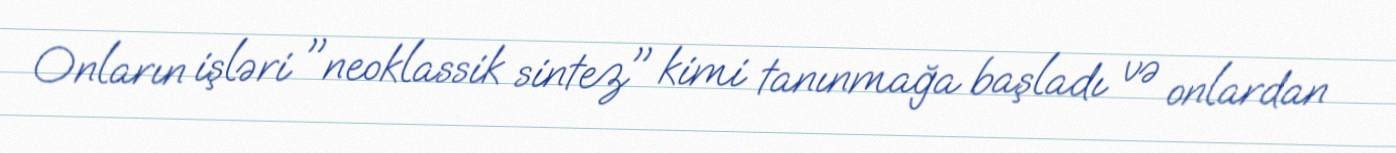
Onların işləri "neoklassik sintez" kimi tanınmağa başladı və onlardan